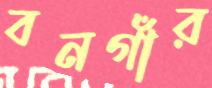
বনগাঁর